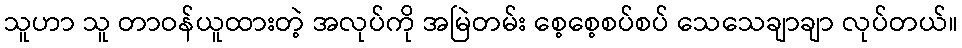
သူဟာ သူ တာဝန်ယူထားတဲ့ အလုပ်ကို အမြဲတမ်း စေ့စေ့စပ်စပ် သေသေချာချာ လုပ်တယ်။